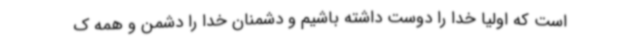
است که اولیا خدا را دوست داشته باشیم و دشمنان خدا را دشمن و همه ک